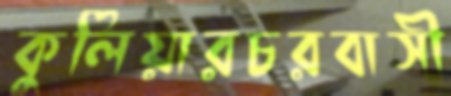
কুলিয়ারচরবাসী